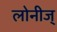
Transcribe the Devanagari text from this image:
लोनीज्